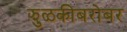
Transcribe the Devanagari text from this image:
झुळकीबरोबर